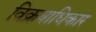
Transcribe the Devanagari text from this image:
विक्रयाधिकार